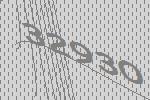
32930